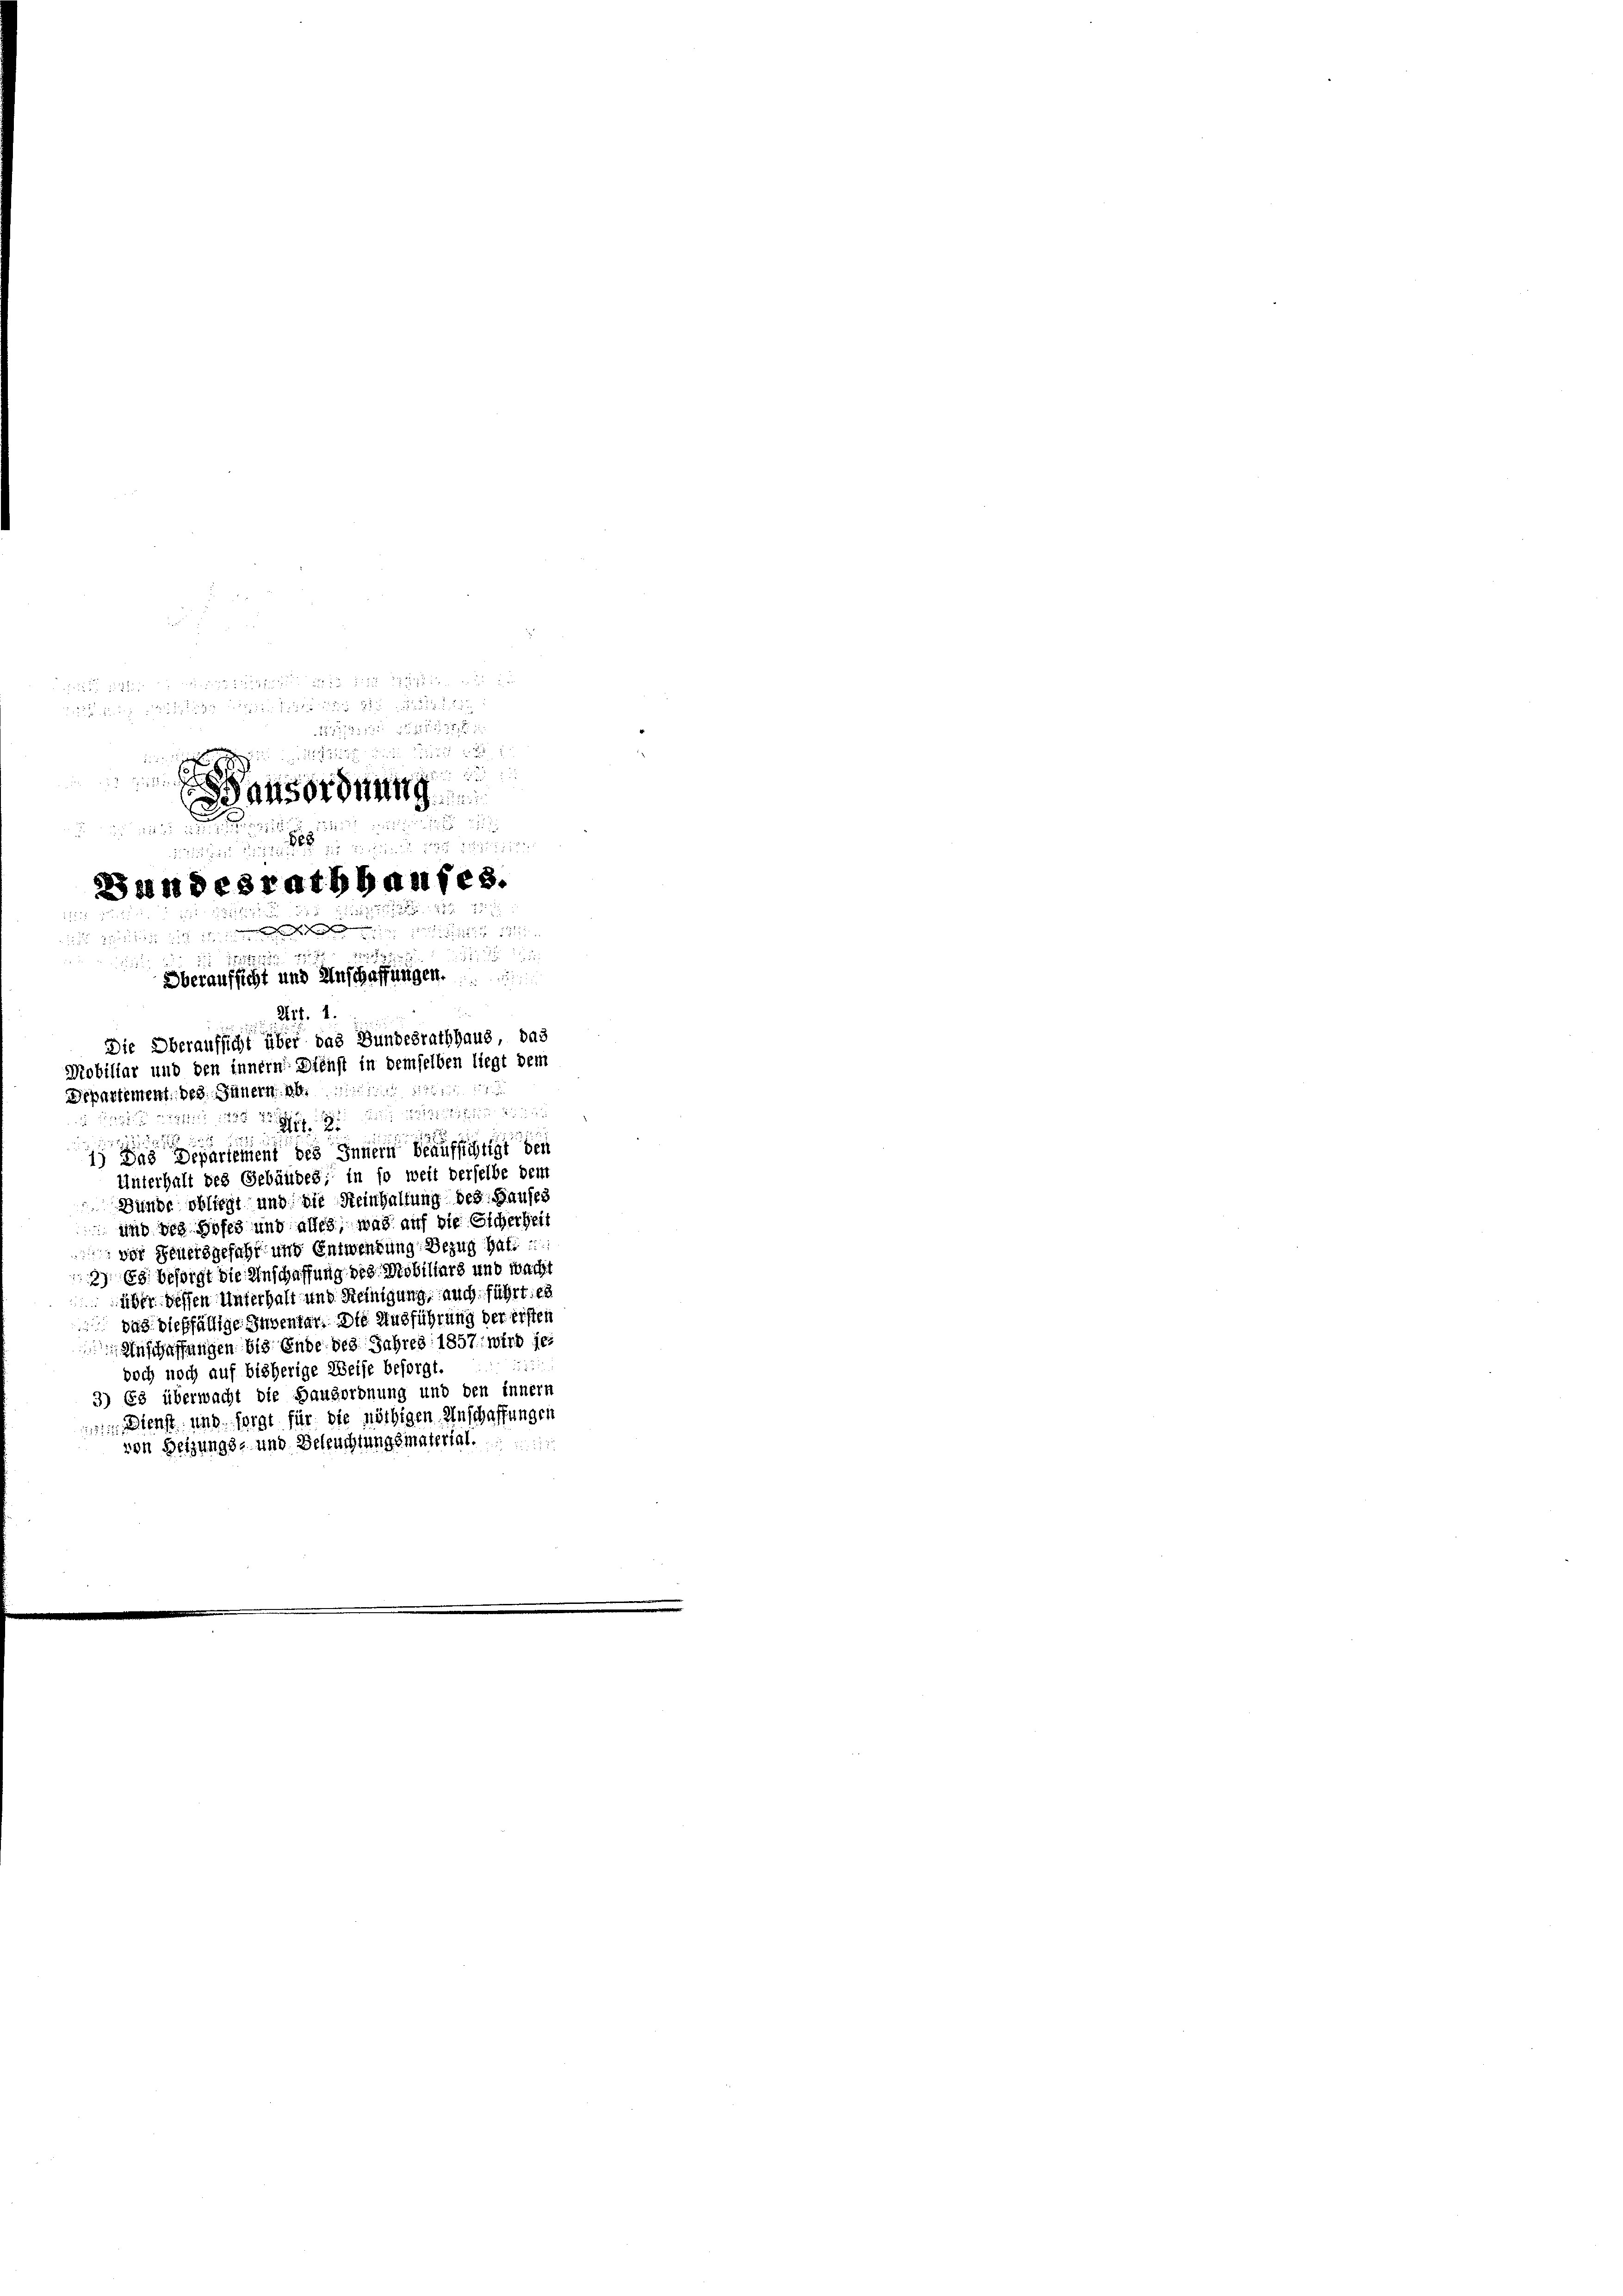
i
12
5
2
1) Das Depariement des Innern beaufsichtigt den
Unterhalt des Gebäudes; in so weit derselbe dem
Bünde obliegt und die Steinhaltung des Hauses
 und der Hofes und alles, was auf die Eicherheit
 der Feuersgefahr und Entwendung Bezug hatt
2) 88. Bestigt die Anschaffung des Mobiliars und macht
über dessen Unterhalt und Reinigung, auch führt, es
zug dießfällige Inventar. Die Ausführung der ersten
Anschaffungen bis Ende des Jahres 1857 wird jet
22
doch noch auf bisherige Weise besorgt.
3) Es überwacht die Hausordnung und den innern
 Dienst und sorgt für die nöthigen Anschaffungen
von Heizungs- und Beleuchtungsmaterial.

s
tung an den
571. 12225,2515, 15

ge ansordnung

n in dieses und
868

1
Bundesrathhaufes.
25
u
 x

e

z

Oberaufsicht und Anschaffungen.

Zif. 1.
Die Oberaufsicht über das Bundesrathhaus, das
Nobiliar und den innern Dienst in demselben liegt dem
Departement. Dez. Jänern M.
1